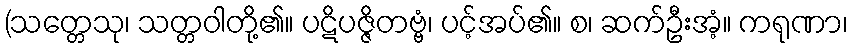
(သတ္တေသု၊ သတ္တဝါတို့၏။ ပဋိပဇ္ဇိတဗ္ဗံ၊ ပင့်အပ်၏။ စ၊ ဆက်ဦးအံ့။ ကရုဏာ၊